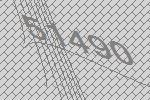
51490